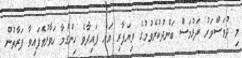
މި ދުވަސްވަރު ދަޅުމަސް ބަންދުކުރެވުމުގެ ވިޔަފާރި އަށް ފައިދާވެ ހިންގުމާ ހަވާލުވެފައިވާ ފަރާތުން